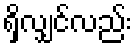
ရှိလျှင်လည်း